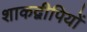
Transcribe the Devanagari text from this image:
शाकद्वीपियों